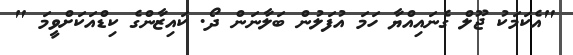
"އެކަމަކު ޖޫލް ގެނައިއްޔާ ހަމަ އުފަލުން ބަލާނަން ދޯ. ކައިޒާންގެ ކިޑްއަކަށްވީމަ "